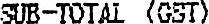
SUB-TOTAL (GST)